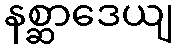
နစ္ဆာဒေယျ